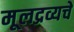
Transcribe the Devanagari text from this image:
मूलद्रव्यचे